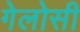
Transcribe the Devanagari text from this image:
गेलोसी